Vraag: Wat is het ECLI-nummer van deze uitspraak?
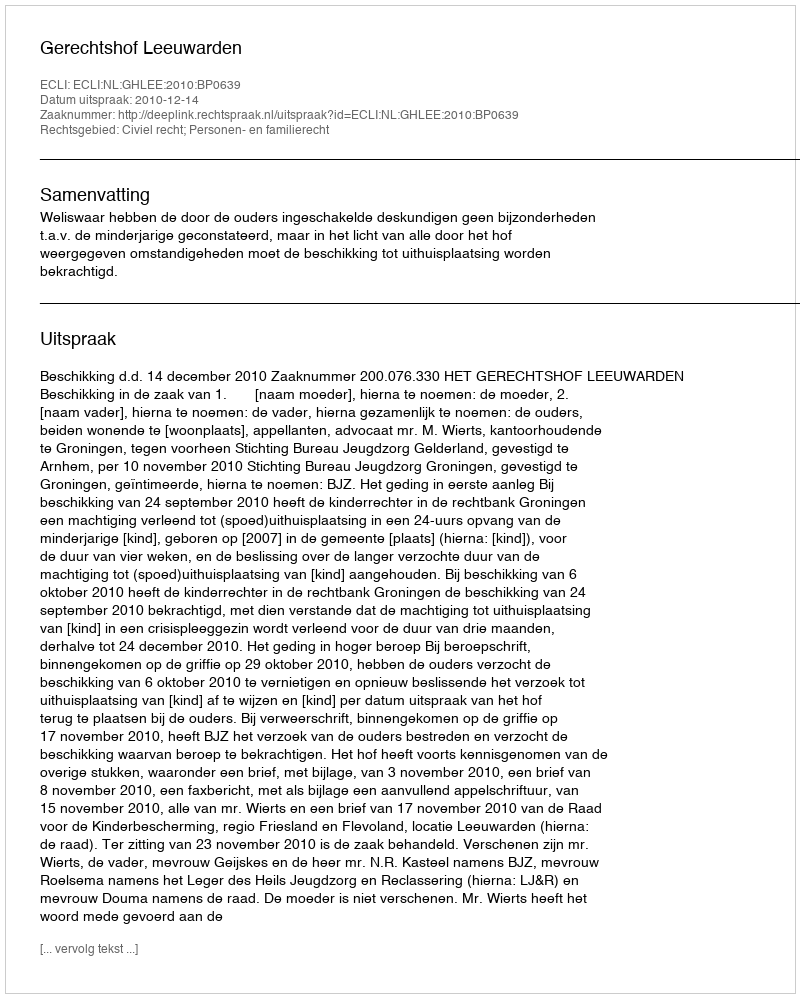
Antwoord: ECLI:NL:GHLEE:2010:BP0639